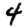
Digit: 4